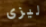
ليزى